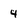
Character: 4